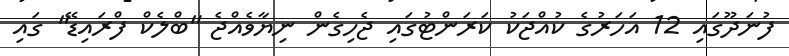
ފުނަދޫގައި 12 އަހަރުގެ ކުއްޖަކު ކަރަންޓުގައި ޖެހިގެން ނިޔާވެއްޖެ "ބްލެކް ފްރައިޑޭ" ގައި